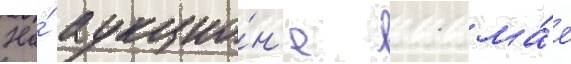
На́ аукцио́н'е 11 ма́я